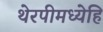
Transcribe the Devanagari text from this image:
थेरपीमध्येहि